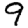
Digit: 9